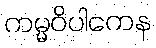
ကမ္မဝိပါကေန